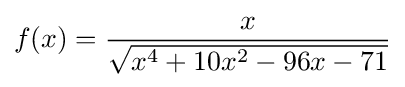
f(x)={\frac {x}{\sqrt {x^{4}+10x^{2}-96x-71}}}